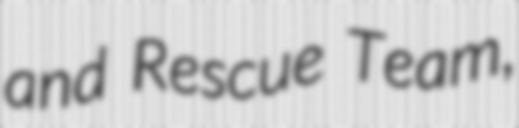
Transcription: and Rescue Team,